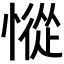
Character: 𢠰